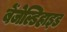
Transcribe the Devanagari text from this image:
बेंजेल्डिहाइड